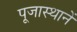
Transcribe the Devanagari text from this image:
पूजास्थानें